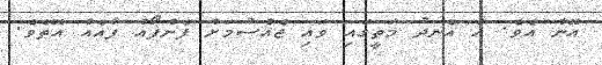
އޭނާ އެވެ. އެ އެނދު މަތީގައި ވައި ޖެއްސުމަށް ފެންފޯއް ފާއެއް އޮތެވެ.